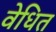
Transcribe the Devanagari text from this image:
वेधित